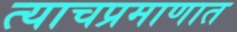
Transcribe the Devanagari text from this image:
त्याचप्रमाणात